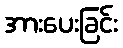
အားပေးခြင်း